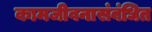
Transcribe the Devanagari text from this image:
कामजीवनासंबंधित